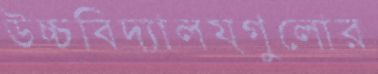
উচ্চবিদ্যালয়গুলোর